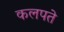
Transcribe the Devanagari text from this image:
कलपते